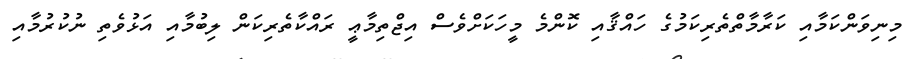
މިނިވަންކަމާއި ކަރާމާތްތެރިކަމުގެ ހައްޤާއި ކޮންމެ މީހަކަށްވެސް އިޖްތިމާޢީ ރައްކާތެރިކަން ލިބުމާއި އަޅުވެތި ނުކުރުމާއި